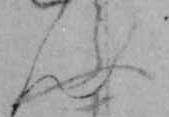
ふ